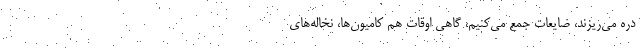
دره می‌ریزند، ضایعات جمع می‌کنیم، گاهی اوقات هم کامیون‌ها، نخاله‌های